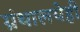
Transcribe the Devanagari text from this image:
ग्रंथालयेही